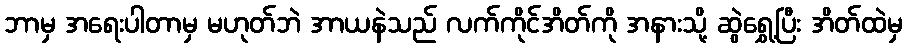
ဘာမှ အရေးပါတာမှ မဟုတ်ဘဲ အာယနဲသည် လက်ကိုင်အိတ်ကို အနားသို့ ဆွဲရွှေ့ပြီး အိတ်ထဲမှ